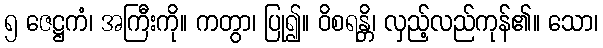
၅ ဇေဋ္ဌကံ၊ အကြီးကို။ ကတွာ၊ ပြု၍။ ဝိစရန္တိ၊ လှည့်လည်ကုန်၏။ သော၊